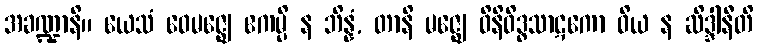
အခဏ္ဍာနိ။ ယေသံ ဝေမဇ္ဈေ ဧကမ္ပိ န ဘိန္နံ, တာနိ မဇ္ဈေ ဝိနိဝိဒ္ဓသာဋကော ဝိယ န ဆိဒ္ဒါနီတိ